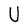
Character: U